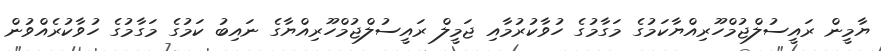
ޔާމީން ރައީސުލްޖުމްހޫރިއްޔާކަމުގެ މަގާމުގެ ހުވާކުރުމާއި ޖަމީލް ރައީސުލްޖުމްހޫރިއްޔާގެ ނައިބު ކަމުގެ މަގާމުގެ ހުވާކުރެއްވުން